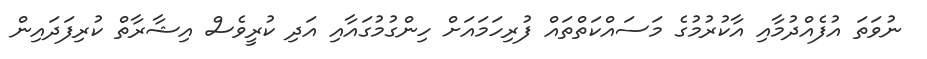
ނުވަތަ އުފެއްދުމާއި އާކުރުމުގެ މަސައްކަތްތައް ފުރިހަމައަށް ހިންގުމުގައާއި އަދި ކުރީވެސް އިޝާރާތް ކުރިފަދައިން